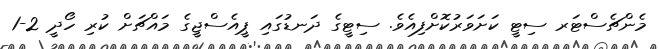
މެންޗެސްޓަރ ސިޓީ ކަށަވަރުކޮށްފިއެވެ. ސިޓީގެ ދަނޑުގައި ޕީއެސްޖީގެ މައްޗަށް ކުރި ހޯދީ 2-1